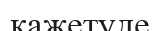
қажетуде